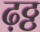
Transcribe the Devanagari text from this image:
ढ़ठ्ठ